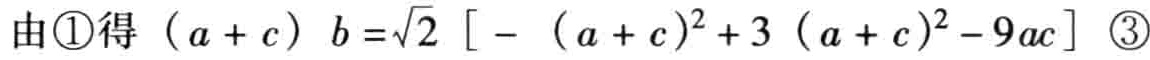
由\textcircled{1}得 \((a + c)b=\sqrt{2}\left[-(a + c)^{2}+3(a + c)^{2}-9ac\right]\) \textcircled{3}